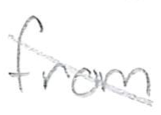
Text: from
Cross-out: mix
Writing tool: pencil